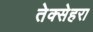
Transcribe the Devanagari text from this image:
तेक्सेहरा